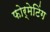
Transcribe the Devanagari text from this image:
फोर्मेटिंग